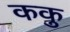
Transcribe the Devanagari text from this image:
ककु